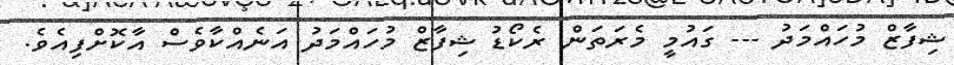
ޝިފާޒް މުހައްމަދު --- ގައުމީ މެރަތަން ރެކޯޑު ޝިފާޒް މުހައްމަދު އަނެއްކާވެސް އާކޮށްފިއެވެ.